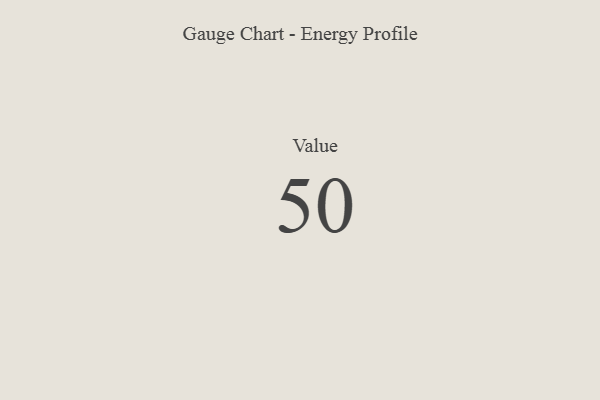
{"axis": {"x": "Metric", "y": "Value"}, "legend": [""], "data": [{"x": "Value", "y": 50, "type": ""}]}